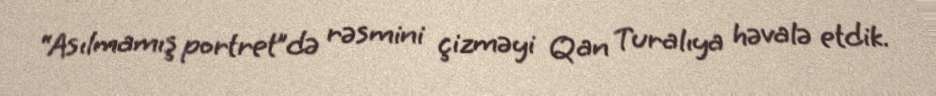
“Asılmamış portret”də rəsmini çizməyi Qan Turalıya həvalə etdik.